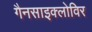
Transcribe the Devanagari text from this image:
गैनसाइक्लोविर